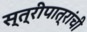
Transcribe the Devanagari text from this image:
स्त्रीपात्रांची